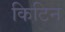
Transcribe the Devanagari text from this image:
किटिन